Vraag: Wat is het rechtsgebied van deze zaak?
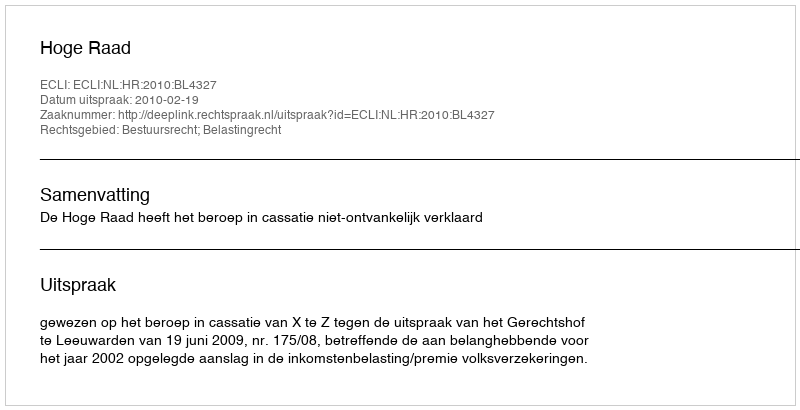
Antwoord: Bestuursrecht; Belastingrecht